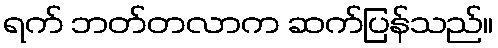
ရက် ဘတ်တလာက ဆက်ပြန်သည်။